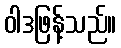
ဝါဒဖြန့်သည်။